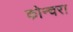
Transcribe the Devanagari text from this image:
कोन्चरा